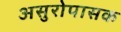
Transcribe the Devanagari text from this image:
असुरोपासक